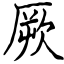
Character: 厥